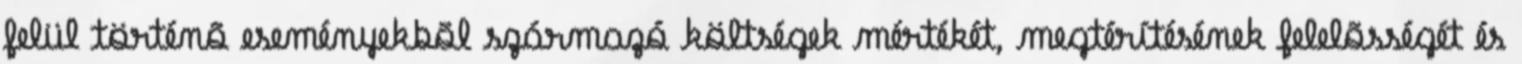
felül történõ eseményekbõl származó költségek mértékét, megtérítésének felelõsségét és